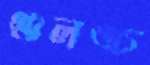
গুলঙ্চ